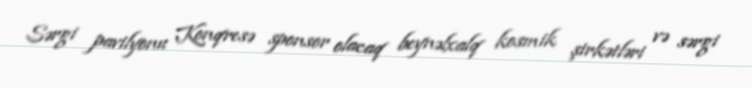
Sərgi pavilyonu Konqresə sponsor olacaq beynəlxalq kosmik şirkətləri və sərgi